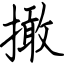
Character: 撖